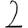
Digit: 2